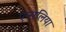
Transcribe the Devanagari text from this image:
एन्सलिया